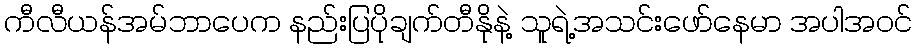
ကီလီယန်အမ်ဘာပေက နည်းပြပိုချက်တီနိုနဲ့ သူရဲ့အသင်းဖော်နေမာ အပါအဝင်